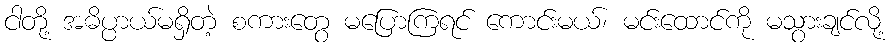
ငါတို့ အဓိပ္ပာယ်မရှိတဲ့ စကားတွေ မပြောကြရင် ကောင်းမယ်၊ မင်းထောင်ကို မသွားချင်လို့